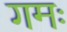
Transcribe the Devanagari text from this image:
गमः